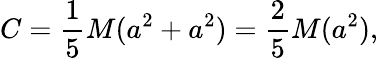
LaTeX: C={\frac{1}{5}}M(a^{2}+a^{2})={\frac{2}{5}}M(a^{2}),